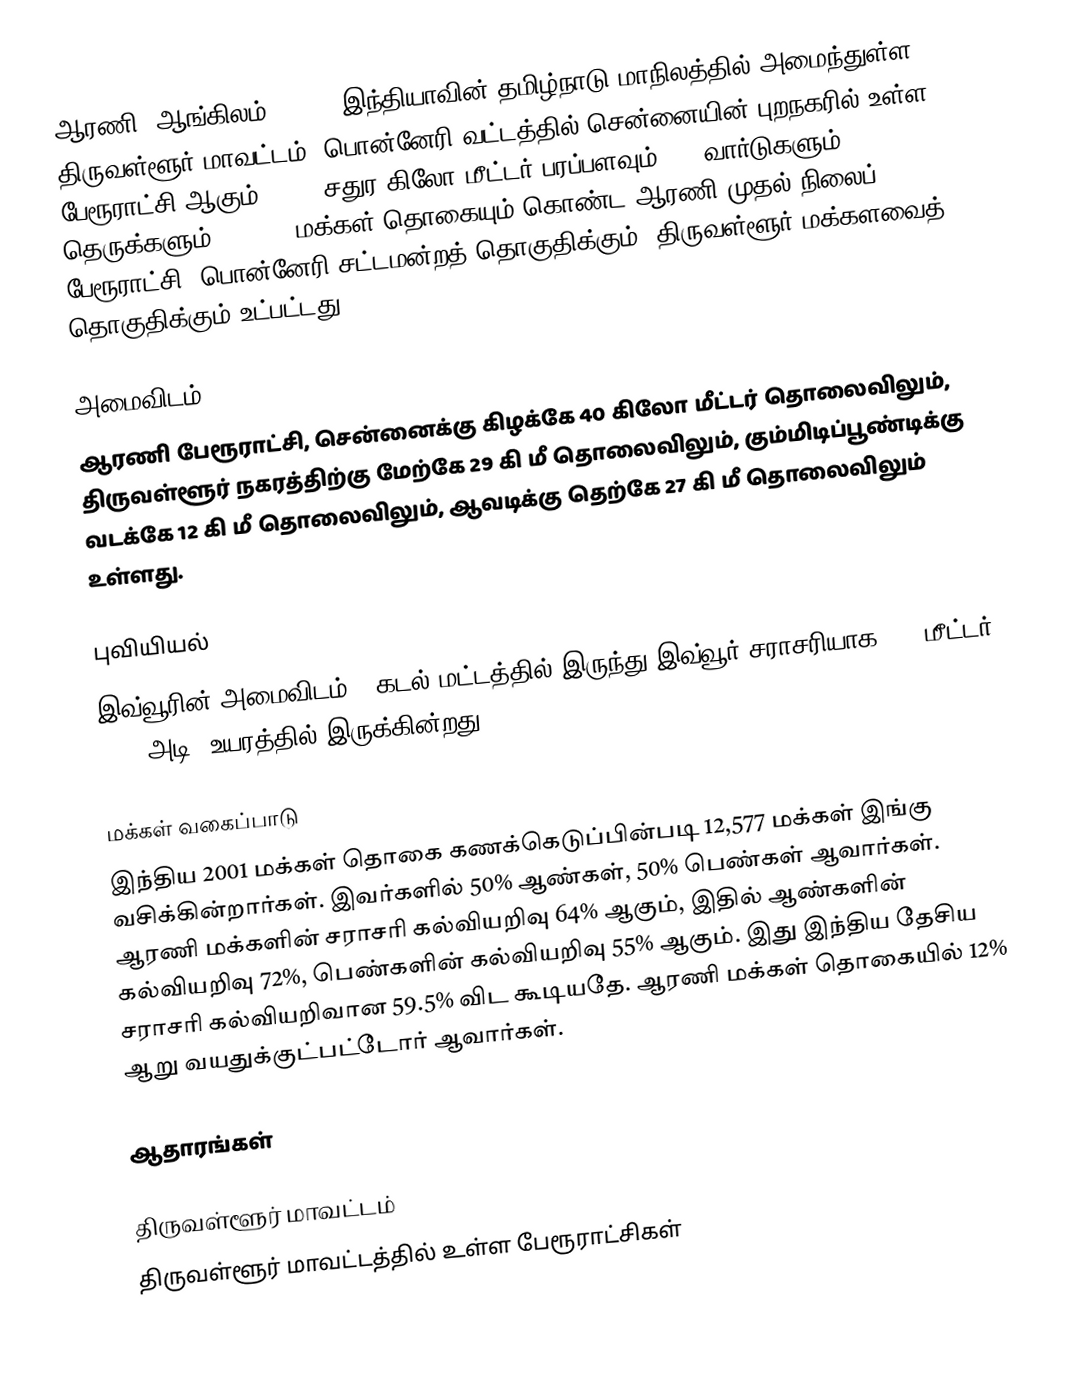
ஆரணி (ஆங்கிலம்:Arani) இந்தியாவின் தமிழ்நாடு மாநிலத்தில் அமைந்துள்ள திருவள்ளூர் மாவட்டம், பொன்னேரி வட்டத்தில் சென்னையின் புறநகரில் உள்ள பேரூராட்சி ஆகும். 5.90 சதுர கிலோ மீட்டர் பரப்பளவும், 15 வார்டுகளும், 210 தெருக்களும், 20,843 மக்கள் தொகையும் கொண்ட ஆரணி முதல் நிலைப் பேரூராட்சி,  பொன்னேரி சட்டமன்றத் தொகுதிக்கும், திருவள்ளூர் மக்களவைத் தொகுதிக்கும் உட்பட்டது.

அமைவிடம்
ஆரணி பேரூராட்சி, சென்னைக்கு கிழக்கே 40 கிலோ மீட்டர் தொலைவிலும், திருவள்ளூர் நகரத்திற்கு மேற்கே 29 கி மீ தொலைவிலும், கும்மிடிப்பூண்டிக்கு வடக்கே 12 கி மீ தொலைவிலும், ஆவடிக்கு தெற்கே 27 கி மீ தொலைவிலும் உள்ளது.

புவியியல்
இவ்வூரின் அமைவிடம் . கடல் மட்டத்தில் இருந்து இவ்வூர் சராசரியாக 151 மீட்டர் (495 அடி) உயரத்தில் இருக்கின்றது.

மக்கள் வகைப்பாடு
இந்திய 2001 மக்கள் தொகை கணக்கெடுப்பின்படி 12,577 மக்கள் இங்கு வசிக்கின்றார்கள். இவர்களில் 50% ஆண்கள், 50% பெண்கள் ஆவார்கள். ஆரணி மக்களின் சராசரி கல்வியறிவு 64% ஆகும்,  இதில் ஆண்களின் கல்வியறிவு 72%,  பெண்களின் கல்வியறிவு 55% ஆகும். இது இந்திய தேசிய சராசரி கல்வியறிவான 59.5% விட கூடியதே. ஆரணி மக்கள் தொகையில் 12%  ஆறு வயதுக்குட்பட்டோர் ஆவார்கள்.

ஆதாரங்கள்

திருவள்ளூர் மாவட்டம்
திருவள்ளூர் மாவட்டத்தில் உள்ள பேரூராட்சிகள்